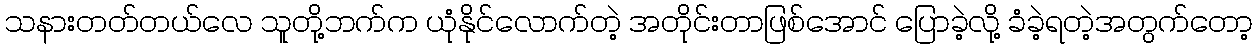
သနားတတ်တယ်လေ သူတို့ဘက်က ယုံနိုင်လောက်တဲ့ အတိုင်းတာဖြစ်အောင် ပြောခဲ့လို့ ခံခဲ့ရတဲ့အတွက်တော့